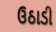
ઉઠાડી